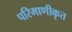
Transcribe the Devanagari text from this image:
परिमाणीकृत